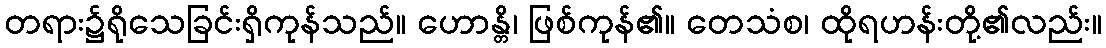
တရား၌ရိုသေခြင်းရှိကုန်သည်။ ဟောန္တိ၊ ဖြစ်ကုန်၏။ တေသံစ၊ ထိုရဟန်းတို့၏လည်း။